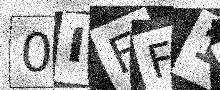
Text: 0IFF17